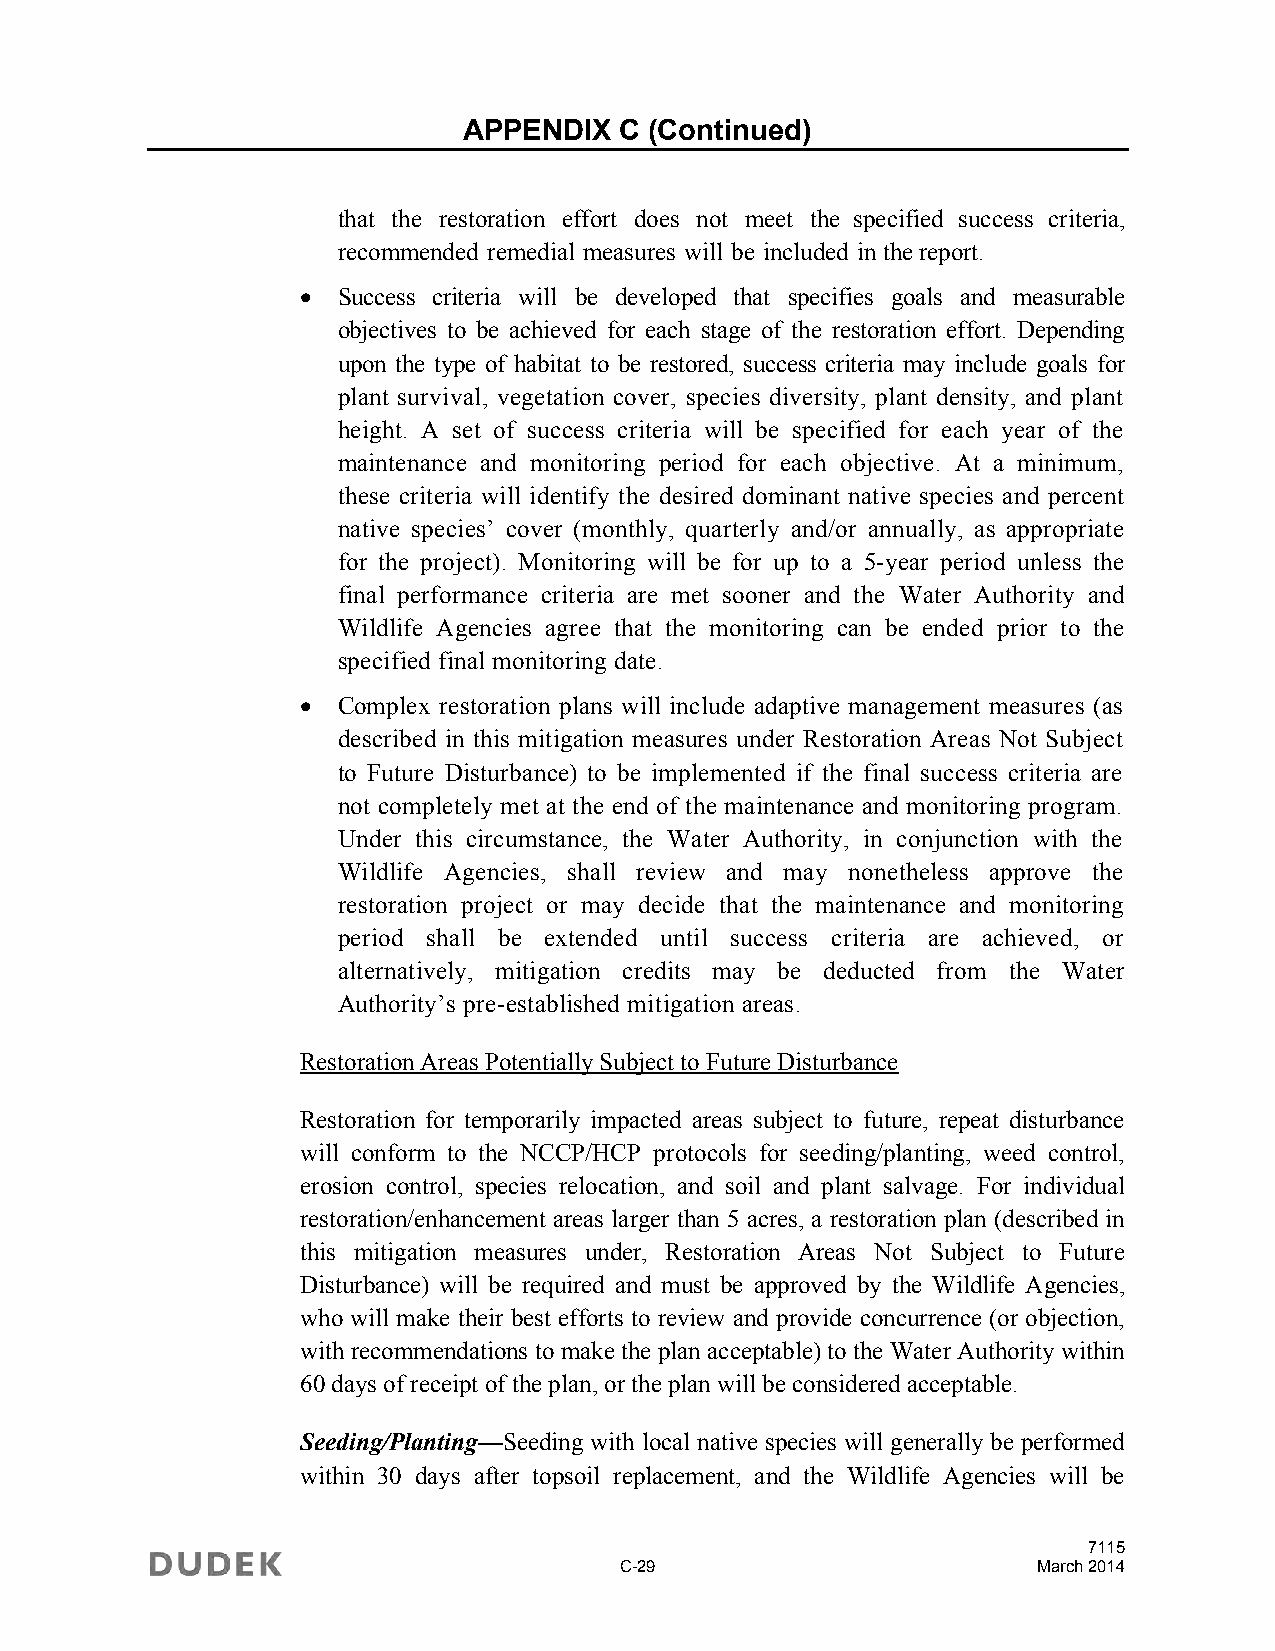
APPENDIX  C (Continued)
 that the restoration effort does not meet the specified success criteria,
 recommended remedial measures will be included in the report.
  Success criteria will be developed that specifies goals and measurable
 objectives to be achieved for each stage of the restoration effort. Depending
 upon the type of habitat to be restored, success criteria may include goals for
 plant survival, vegetation cover, species diversity, plant density, and plant
 height. A set of success criteria will be specified for each year of the
 maintenance and monitoring period for each objective. At a minimum,
 these criteria will identify the desired dominant native species and percent
 native species’ cover (monthly, quarterly and/or annually, as appropriate
 for the project). Monitoring will be for up to a 5-year period unless the
 final performance criteria are met sooner and the Water Authority and
 Wildlife Agencies agree that the monitoring can be ended prior to the
 specified final monitoring date.
  Complex restoration plans will include adaptive management measures (as
 described in this mitigation measures under Restoration Areas Not Subject
 to Future Disturbance) to be implemented if the final success criteria are
 not completely met at the end of the maintenance and monitoring program.
 Under this circumstance, the Water Authority, in conjunction with the
 Wildlife Agencies, shall review and may nonetheless approve the
 restoration project or may decide that the maintenance and monitoring
 period shall be extended until success criteria are achieved, or
 alternatively, mitigation credits may be deducted from the Water
 Authority’s pre-established mitigation areas.
 Restoration Areas Potentially Subject to Future Disturbance
 Restoration for temporarily impacted areas subject to future, repeat disturbance
 will conform to the NCCP/HCP protocols for seeding/planting, weed control,
 erosion control, species relocation, and soil and plant salvage. For individual
 restoration/enhancement areas larger than 5 acres, a restoration plan (described in
 this mitigation measures under, Restoration Areas Not Subject to Future
 Disturbance) will be required and must be approved by the Wildlife Agencies,
 who will make their best efforts to review and provide concurrence (or objection,
 with recommendations to make the plan acceptable) to the Water Authority within
 60 days of receipt of the plan, or the plan will be considered acceptable.
 Seeding/Planting—Seeding with local native species will generally be performed
 within 30 days after topsoil replacement, and the Wildlife Agencies will be
 7115
 C-29                        March 2014